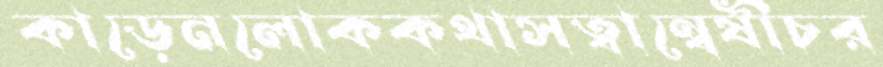
কাড়েনলোককথাসত্বান্বেষীচর